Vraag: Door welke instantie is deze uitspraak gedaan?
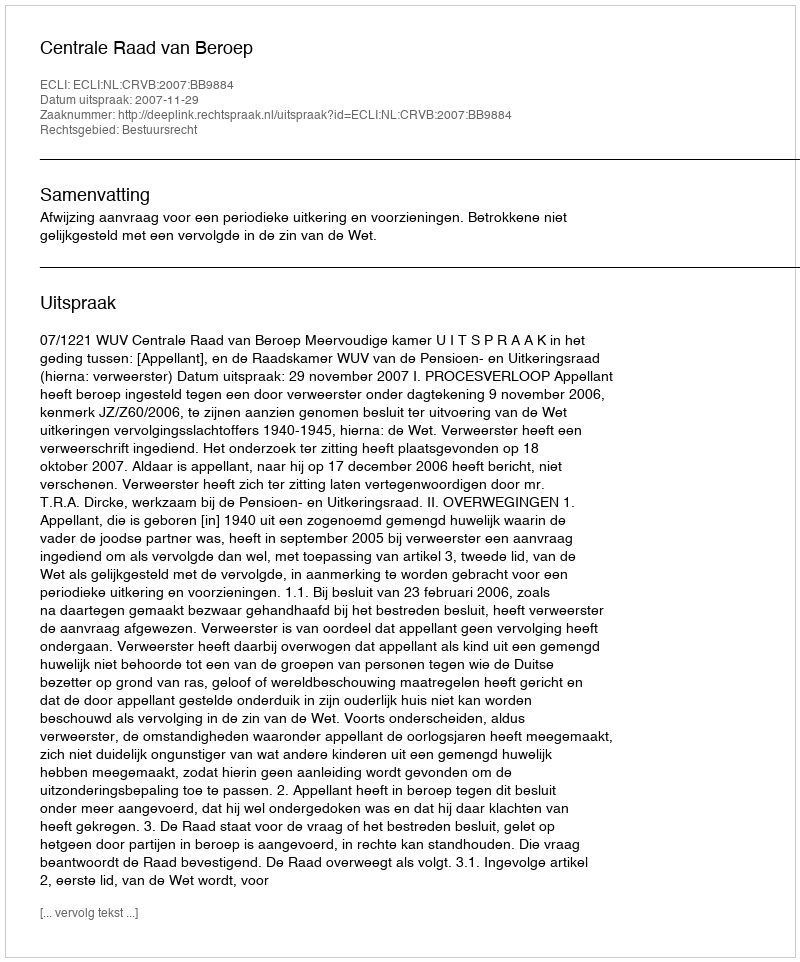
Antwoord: Centrale Raad van Beroep